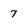
Character: 7